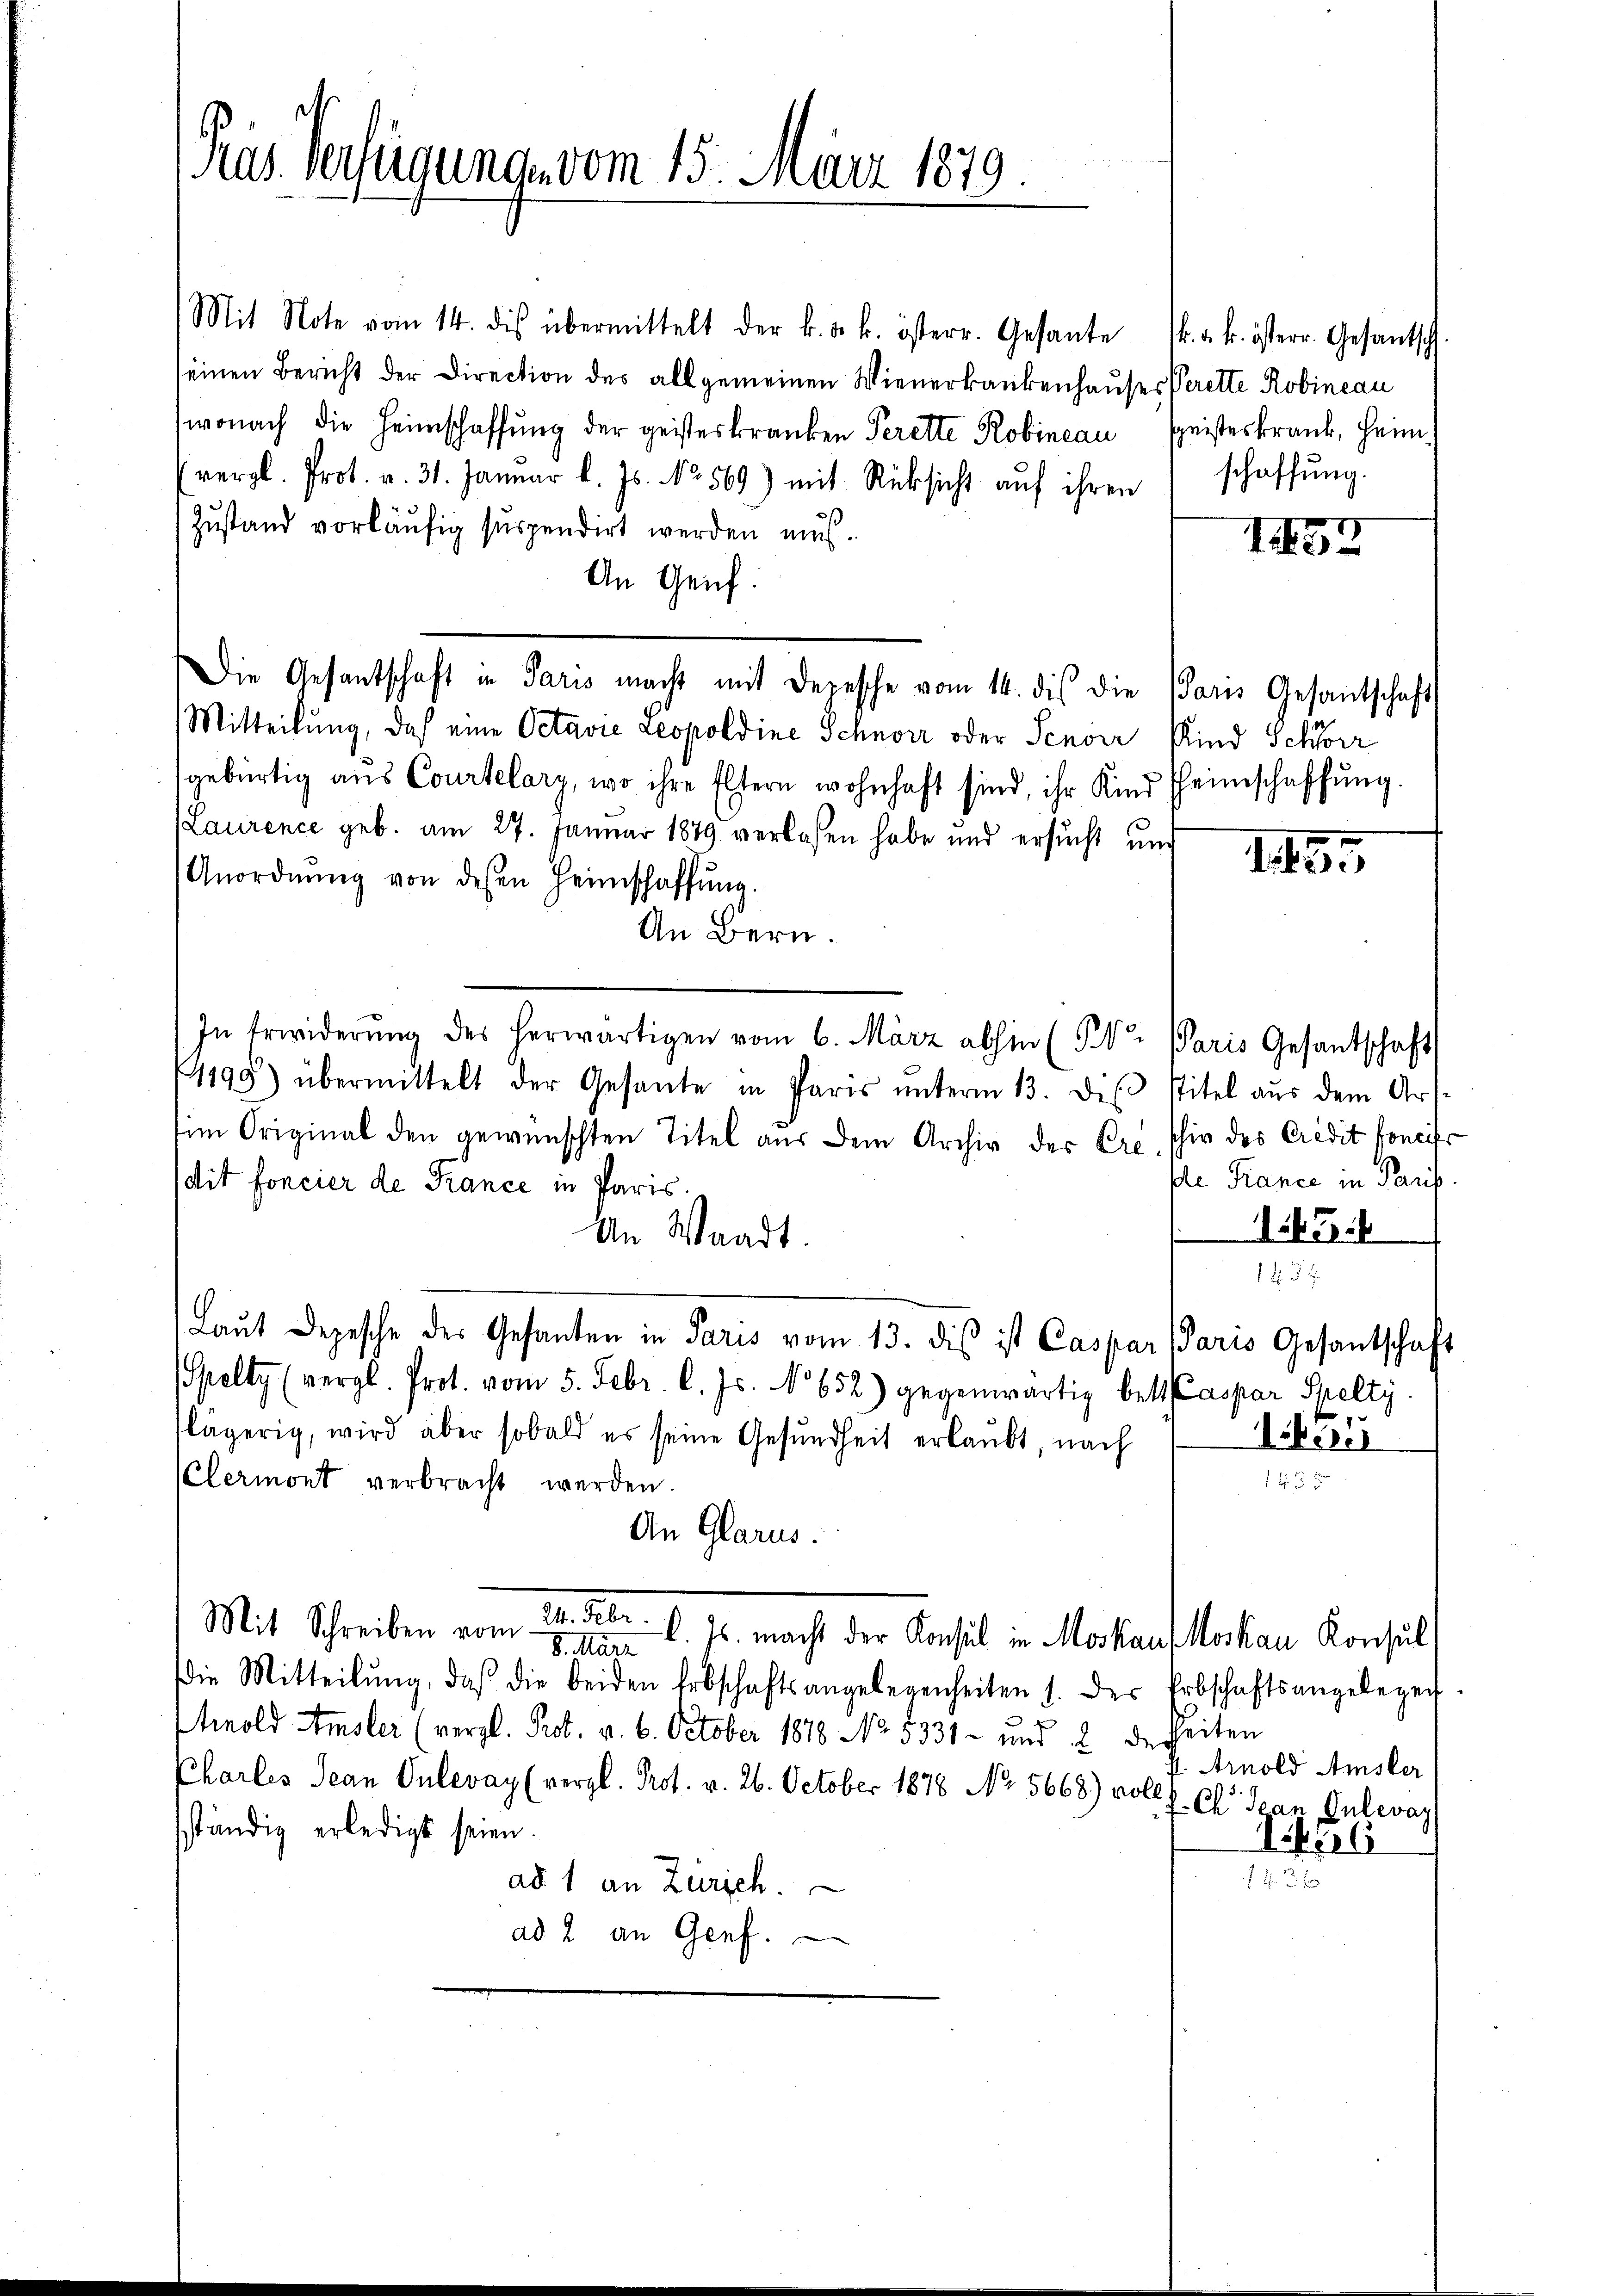
Pas Verfügung vom 15. März 1879.

Mit Note vom 14. dis übermittelt der k. k. k. österr. Gesante k. k. k. österr. Gesantsch
seinen Bericht der Direction des allgemeinen Wienerkankenhauses Verette Robincau
wonach die Heimschaffŭng der geisteskranken Perette Robineau speisteskrank, Heim
(vergl. Prot. v. 31. Januar l. Js. No. 569) mit Rücksicht aŭf ihren schaffŭng.
Zŭstand vorläŭfig suspendirt werden mus.
An Genf.
Mitteilung, daß eine Octavia Leopoldine Schnor oder Senoer Kind Schwer
gebürtig aus Courtelary, wo ihre Eltern wohnhaft sind, ihr Kind heimschaffŭng.
Laurence geb. am 27. Januar 1849 verlassen habe und ersucht und
Anordnŭng von dessen Heimschaffŭng.
An Bern.
In Erwiderŭng des herwärtigen vom 6. März abhin (PV. Paris Gesantschaft
1199) übermittelt der Gesante in Paris ŭnterm 13. des Titel aŭs dem Art-
im Original den gewünschten Titel aus dem Archiv der Pre. schir des Credit foncier
dit foncier de France in Paris.
An Waadt.
1457
Laŭt Depesche des Gesanten in Paris vom 13. dis ist Caspar Paris Gesantschaft
elty (vergl. Prot. vom 5. Febr. l. Js. No 652) gegenwärtig bett Caspar Spelty.
lägerig, wird aber sobald es seine Gesundheit erlaubt, nach Vikesel
135
Clermont verbracht werden.
An Glarus.
Mit Schreiben vom 24. Febr. v. Js. macht der Consul in Moskauf Moskau Konsul
8. März
Die Mitteilŭng, daß die beiden Erbschaftsangelegenheiten 1. der Erbschaftsangelegen.
inold Amsler (vergl. Prot. v. 6. October 1878 No. 5331 und 2 desheiten
Arnold Amsler
Charles Jean Pulevay (vergl. Prot. v. 26. October 1878 No 5668) volls. Cl. Jean Gulevaz
sständig erledigt seien.
14
ad 1 an Zürich.
ad 2 an Genf.

Die Gesantschaft in Paris macht mit deresche vom 14. dis die Paris Gesantschaft

sle France in Paris.
1. Teil

1452

16